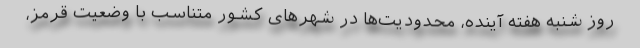
روز شنبه هفته آینده، محدودیت‌ها در شهر‌های کشور متناسب با وضعیت قرمز،